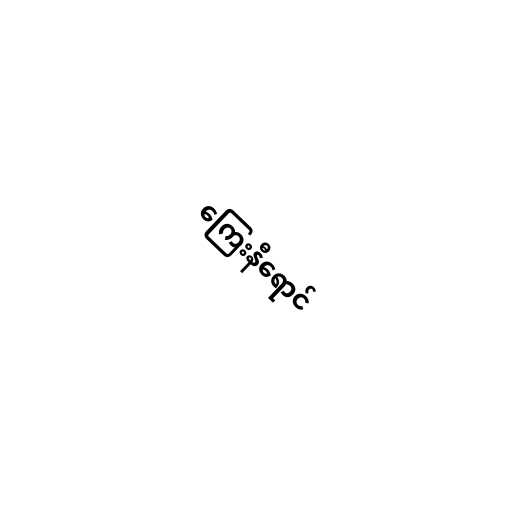
ကြေးနီရောင်